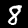
Digit: 8